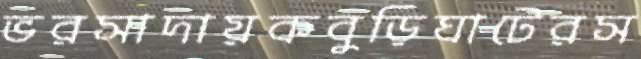
ভরসাদায়কবুড়িঘাটেরস